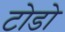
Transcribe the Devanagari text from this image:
टोडो